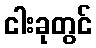
ငါးခုတွင်